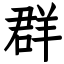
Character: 群